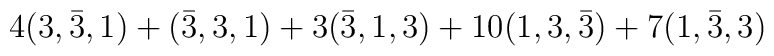
4(3, \bar{3}, 1) + (\bar{3}, 3, 1) + 3(\bar{3}, 1, 3) + 10(1, 3, \bar{3}) + 7(1, \bar{3}, 3)